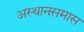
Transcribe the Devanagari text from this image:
अस्थानसमास